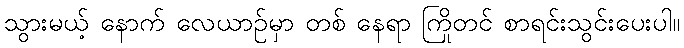
သွားမယ့် နောက် လေယာဉ်မှာ တစ် နေရာ ကြိုတင် စာရင်းသွင်းပေးပါ။